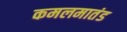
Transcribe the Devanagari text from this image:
कमलमातंड